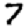
Digit: 7